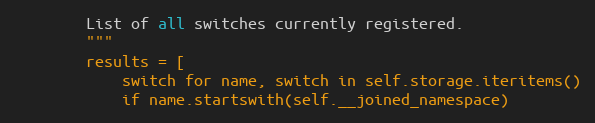
Language: Python
        List of all switches currently registered.
        """
        results = [
            switch for name, switch in self.storage.iteritems()
            if name.startswith(self.__joined_namespace)